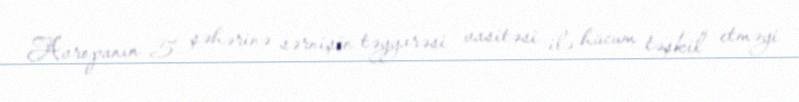
Avropanın 5 şəhərinə sərnişin təyyarəsi vasitəsi ilə hücum təşkil etməyi